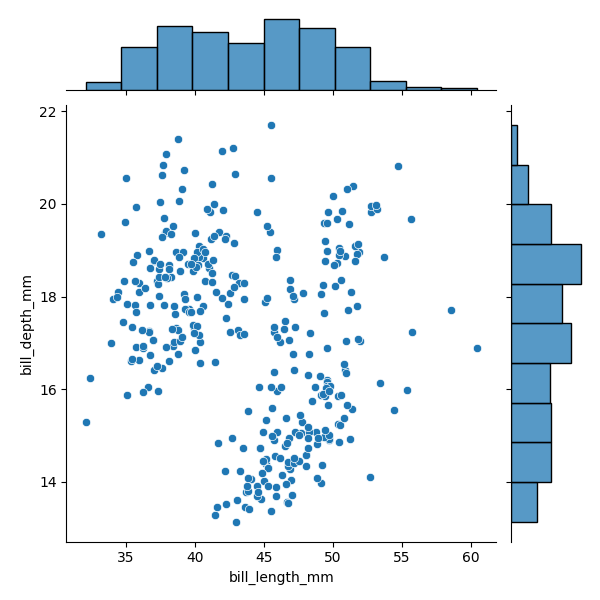
python, seaborn, JointGrid, scatterplot, histplot